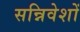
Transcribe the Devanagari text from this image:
सन्निवेशों